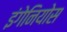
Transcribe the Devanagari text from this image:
इंगेनियोस